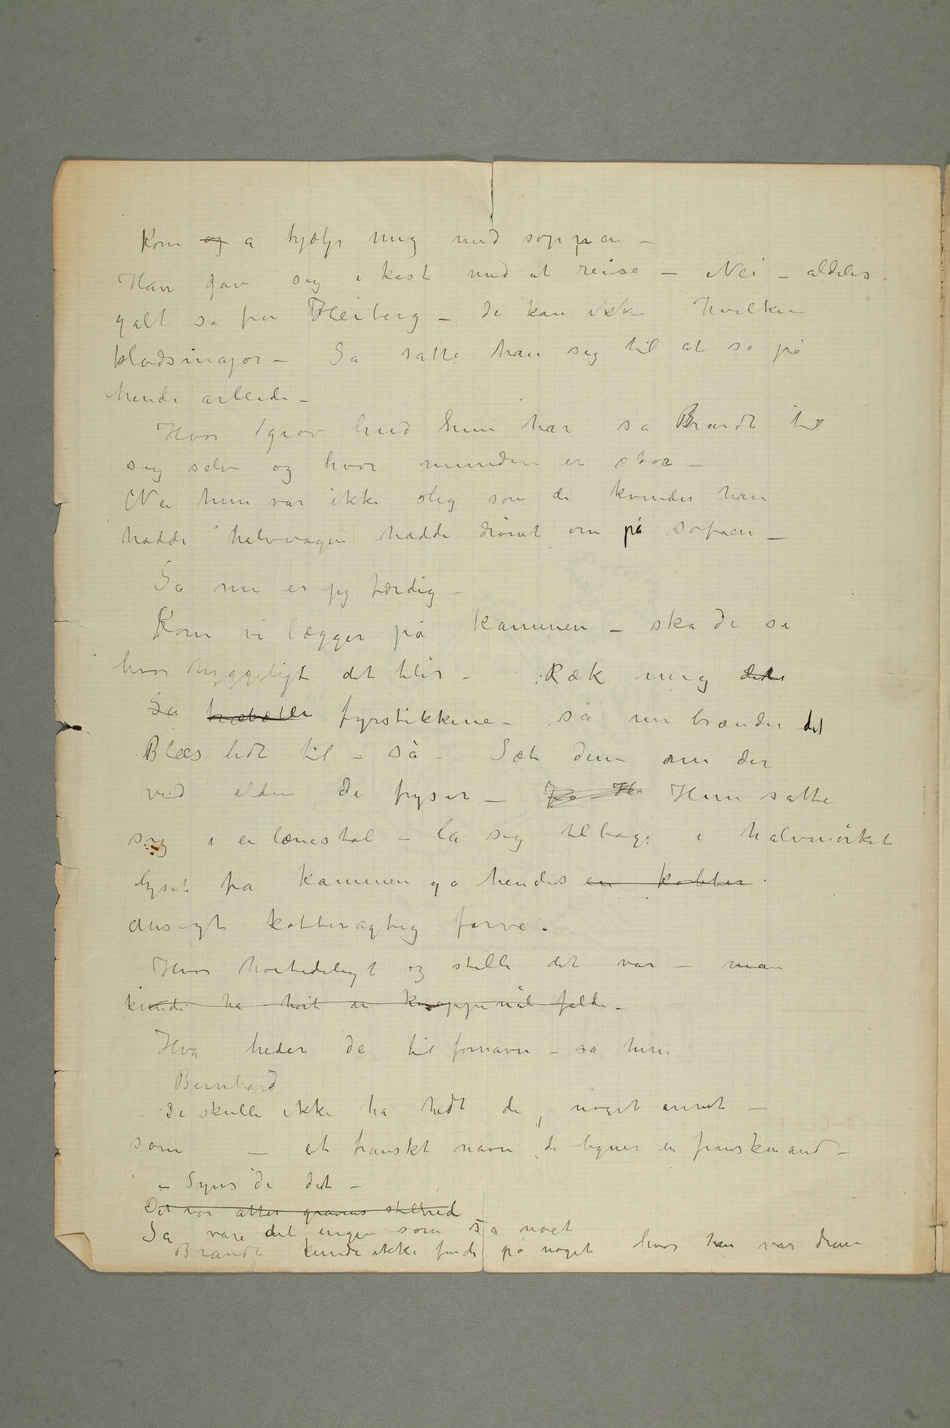
Kom og å hjælp mig med soppen
i kast med at rense
galt sa fru hHeiberg – de kan ikkehvilken
klodsmajor – Så satte han sig til at se på
hende arbeide –
hud hun har sa bBrandt til
sig selv og hvor munden er stor
– Nei hun var ikke slig som de kvinder han
hadde halvvågen hadde drømt om på sofaen –
Så nu er jeg færdig –
Kom vi lægger på kaminen – ska de se
hvor hyggeligt det blir –
Ræk mig det
Så træbæter fyrstikkene – så nu brænder det
Blees lidt til – så – Sæt dem nu der
ved ilden de fryser – Jo – H Hun satte
sig i en lænestol – la sig tilbage i halvmørket
lyset fra kaminen ga hendes en kobber
ansigt kobberagtig  farve.
Hvor høitideligt og stille det var –
kunde ha hørt en knappenål falde.
Hva heder de til fornavn – sa hun
Bernhard
De skulle ikke ha hedt det, noget annet –
et franskt navn de ligner en franskmand –
– Syns de det
– Det var atter gravens stilhed
Brandt kunde ikke finde på nogethvor han var dum